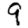
Digit: 9